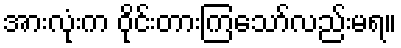
အားလုံးက ဝိုင်းတားကြသော်လည်းမရ။